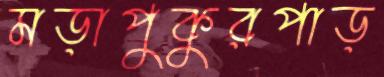
মড়াপুকুরপাড়